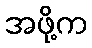
အဖို့က